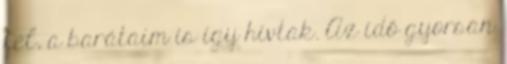
fel, a barátaim is így hívtak. Az idő gyorsan